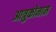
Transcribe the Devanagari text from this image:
आत्रुकोनाम